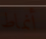
أنماط